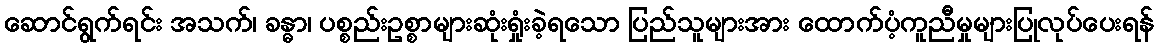
ဆောင်ရွက်ရင်း အသက်၊ ခန္ဓာ၊ ပစ္စည်းဥစ္စာများဆုံးရှုံးခဲ့ရသော ပြည်သူများအား ထောက်ပံ့ကူညီမှုများပြုလုပ်ပေးရန်